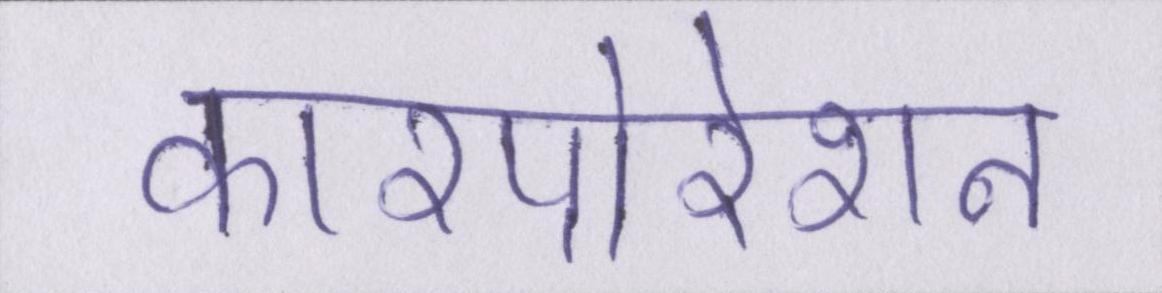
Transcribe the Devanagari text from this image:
कारपोरेशन